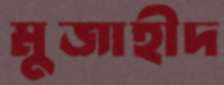
মুজাহীদ